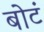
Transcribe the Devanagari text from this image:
बोटं